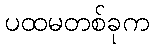
ပထမတစ်ခုက